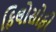
ફિલોસોફી